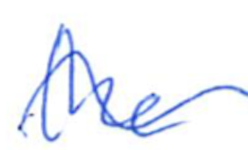
Text: the
Cross-out: wave
Writing tool: ballpoint